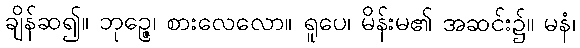
ချိန်ဆ၍။ ဘုဉ္ဇေ၊ စားလေလော။ ရူပေ၊ မိန်းမ၏ အဆင်း၌။ မနံ၊